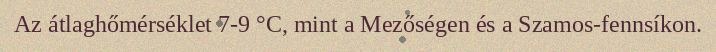
Az átlaghőmérséklet 7-9 °C, mint a Mezőségen és a Szamos-fennsíkon.